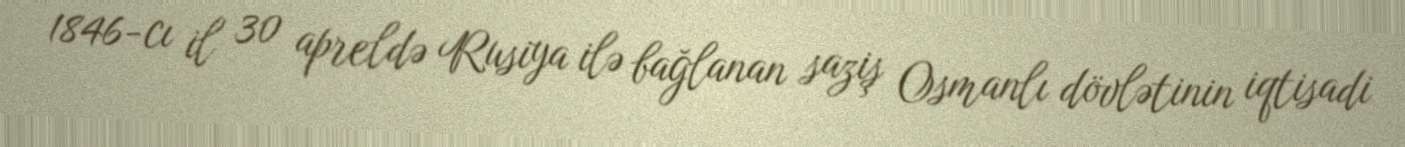
1846-cı il 30 apreldə Rusiya ilə bağlanan saziş Osmanlı dövlətinin iqtisadi